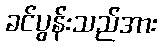
ခင်ပွန်းသည်အား